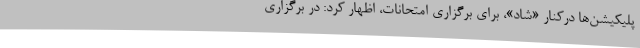
پلیکیشن‌ها درکنار «شاد»، برای برگزاری امتحانات، اظهار کرد: در برگزاری